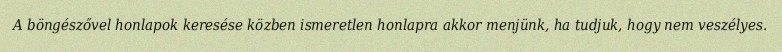
A böngészővel honlapok keresése közben ismeretlen honlapra akkor menjünk, ha tudjuk, hogy nem veszélyes.